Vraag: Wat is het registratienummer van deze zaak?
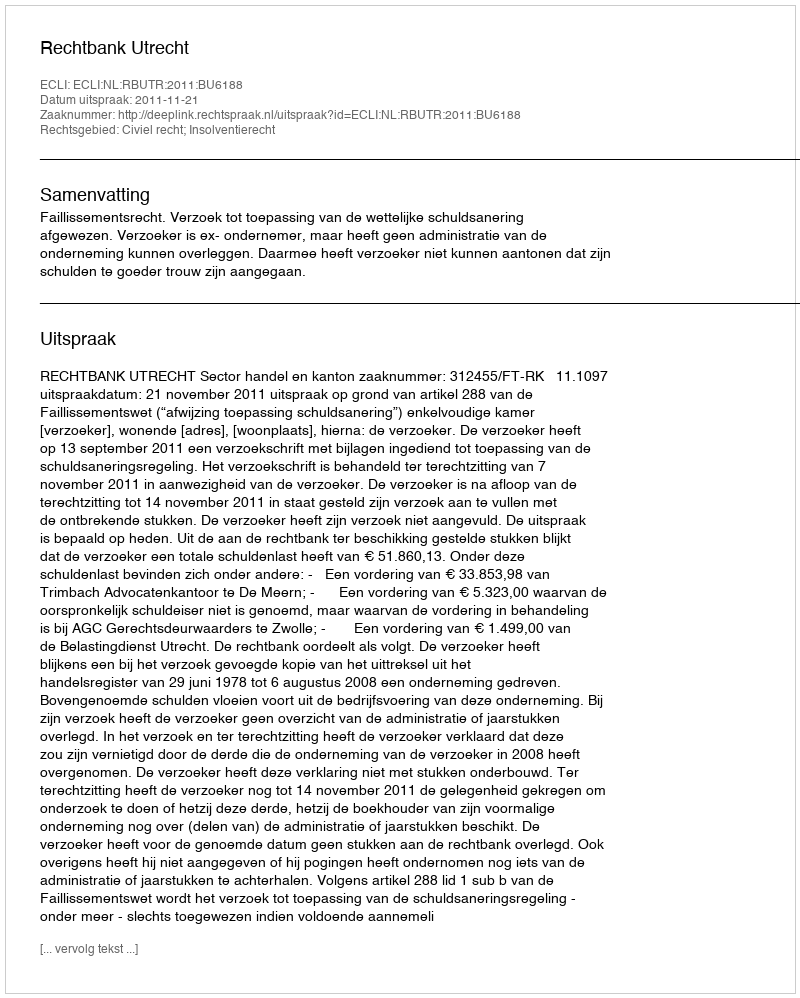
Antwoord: http://deeplink.rechtspraak.nl/uitspraak?id=ECLI:NL:RBUTR:2011:BU6188